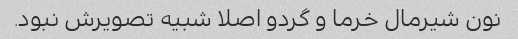
نون شیرمال خرما و گردو اصلا شبیه تصویرش نبود.